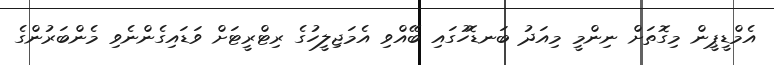
އެމްޑީޕީން މިގޮތަށް ނިންމީ މިއަދު ބަނޑޮހުގައި ބޭއްވި އެމަޖިލީހުގެ ރިޓްރީޓަށް ވަޑައިގެންނެވި މެންބަރުންގެ